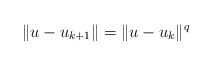
\begin{align*}\Vert u - u_{k+1} \Vert = \Vert u - u_{k} \Vert^q\end{align*}